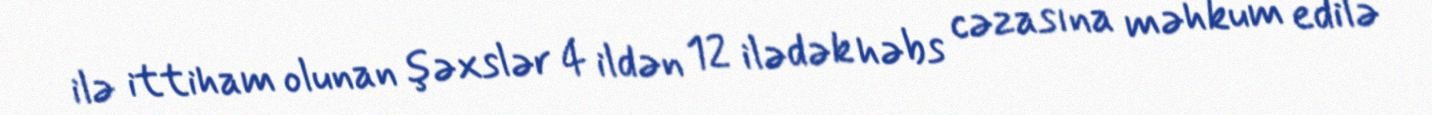
ilə ittiham olunan şəxslər 4 ildən 12 ilədək həbs cəzasına məhkum edilə